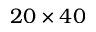
2 0 \times 4 0